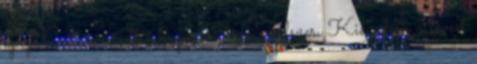
igazi bucit, maradt a hagyományos módszer. Kiszedem a levest